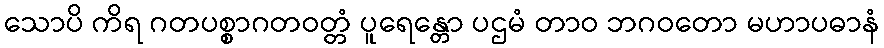
သောပိ ကိရ ဂတပစ္စာဂတဝတ္တံ ပူရေန္တော ပဌမံ တာဝ ဘဂဝတော မဟာပဓာနံ